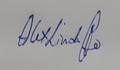
Signature authenticity: genuine